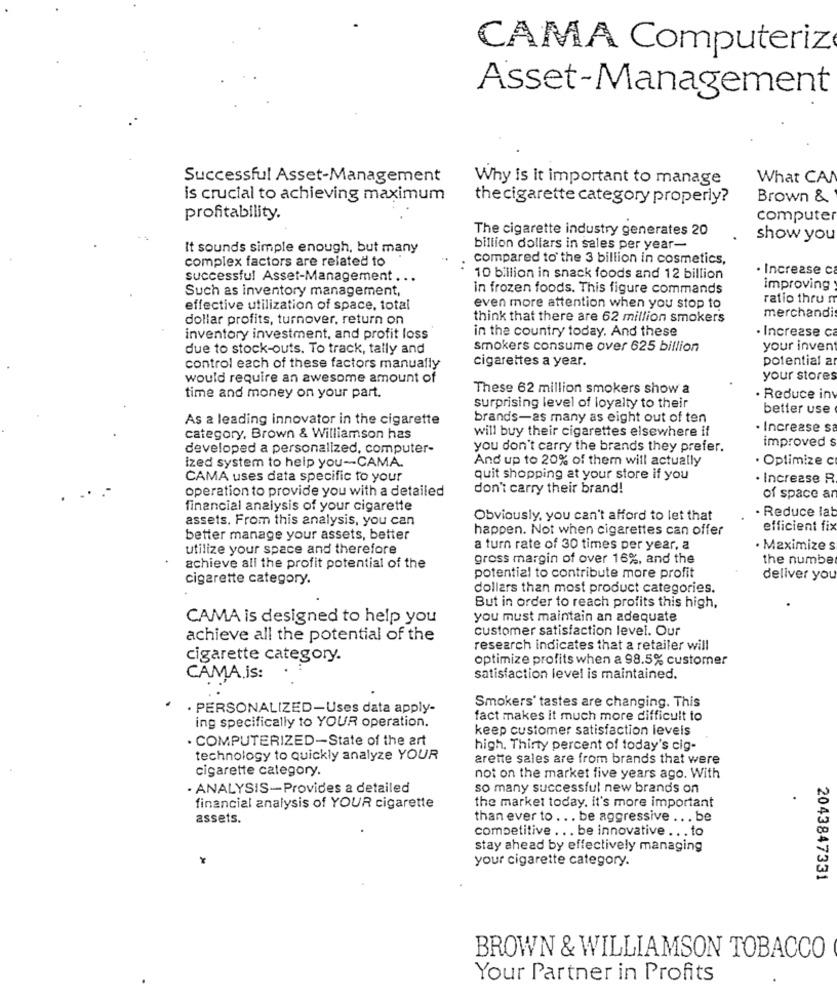
CAMA Computeriz
Asset-Management
Successful Asset-Management
Why is it important to manage
What CAN
is crucial to achieving maximum
the cigarette category properly?
Brown &
profitability.
computer
The cigarette industry generates 20
show you
It sounds simple enough, but many
billion dollars in sales per year-
complex factors are related to
compared to the 3 billion in cosmetics,
· Increase c
successful Asset-Management .
10 billion in snack foods and 12 billion
Such as inventory management,
in frozen foods. This figure commands
improving
ratio thru m
effective utilization of space, total
even more attention when you stop to
dollar profits, turnover, return on
think that there are 62 million smokers
merchand
in the country today. And these
. Increase c
inventory investment, and profit loss
due to stock-outs. To track, tally and
smokers consume over 625 billion
your invent
cigarettes a year.
potential a
control each of these factors manually
would require an awesome amount of
your stores
These 62 million smokers show a
time and money on your part.
· Reduce in
surprising level of loyalty to their
better use
As a leading innovator in the cigarette
brands-as many as eight out of ten
will buy their cigarettes elsewhere if
. Increase s
category, Brown & Williamson has
improved s
developed a personalized, computer-
you don't carry the brands they prefer.
ized system to help you-CAMA.
And up to 20% of them will actually
· Optimize c
CAMA uses data specific to your
quit shopping at your store if you
· Increase R
operation to provide you with a detailed
don't carry their brand!
of space ar
financial analysis of your cigarette
. Reduce la
assets. From this analysis, you can
Obviously, you can't afford to let that
happen. Not when cigarettes can offer
efficient fix
better manage your assets, better
utilize your space and therefore
a turn rate of 30 times per year, a
· Maximize s
gross margin of over 16%, and the
the numbe
achieve all the profit potential of the
cigarette category.
potential to contribute more profit
deliver you
dollars than most product categories.
But in order to reach profits this high,
CAMA is designed to help you
you must maintain an adequate
customer satisfaction level. Our
achieve all the potential of the
research indicates that a retailer will
cigarette category.
optimize profits when a 98.5% customer
CAMA.is:
satisfaction level is maintained.
Smokers' tastes are changing. This
· PERSONALIZED-Uses data apply-
fact makes it much more difficult to
ing specifically to YOUR operation.
keep customer satisfaction levels
COMPUTERIZED-State of the art
high. Thirty percent of today's cig-
technology to quickly analyze YOUR
arette sales are from brands that were
cigarette category.
not on the market five years ago. With
· ANALYSIS-Provides a detailed
so many successful new brands on
financial analysis of YOUR cigarette
the market today. it's more important
assets.
than ever to ... be aggressive .. . be
competitive ... be innovative ... to
stay ahead by effectively managing
your cigarette category.
2043847331
BROWN & WILLIAMSON TOBACCO
Your Partner in Profits